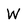
Character: W